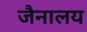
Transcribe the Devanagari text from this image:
जैनालय